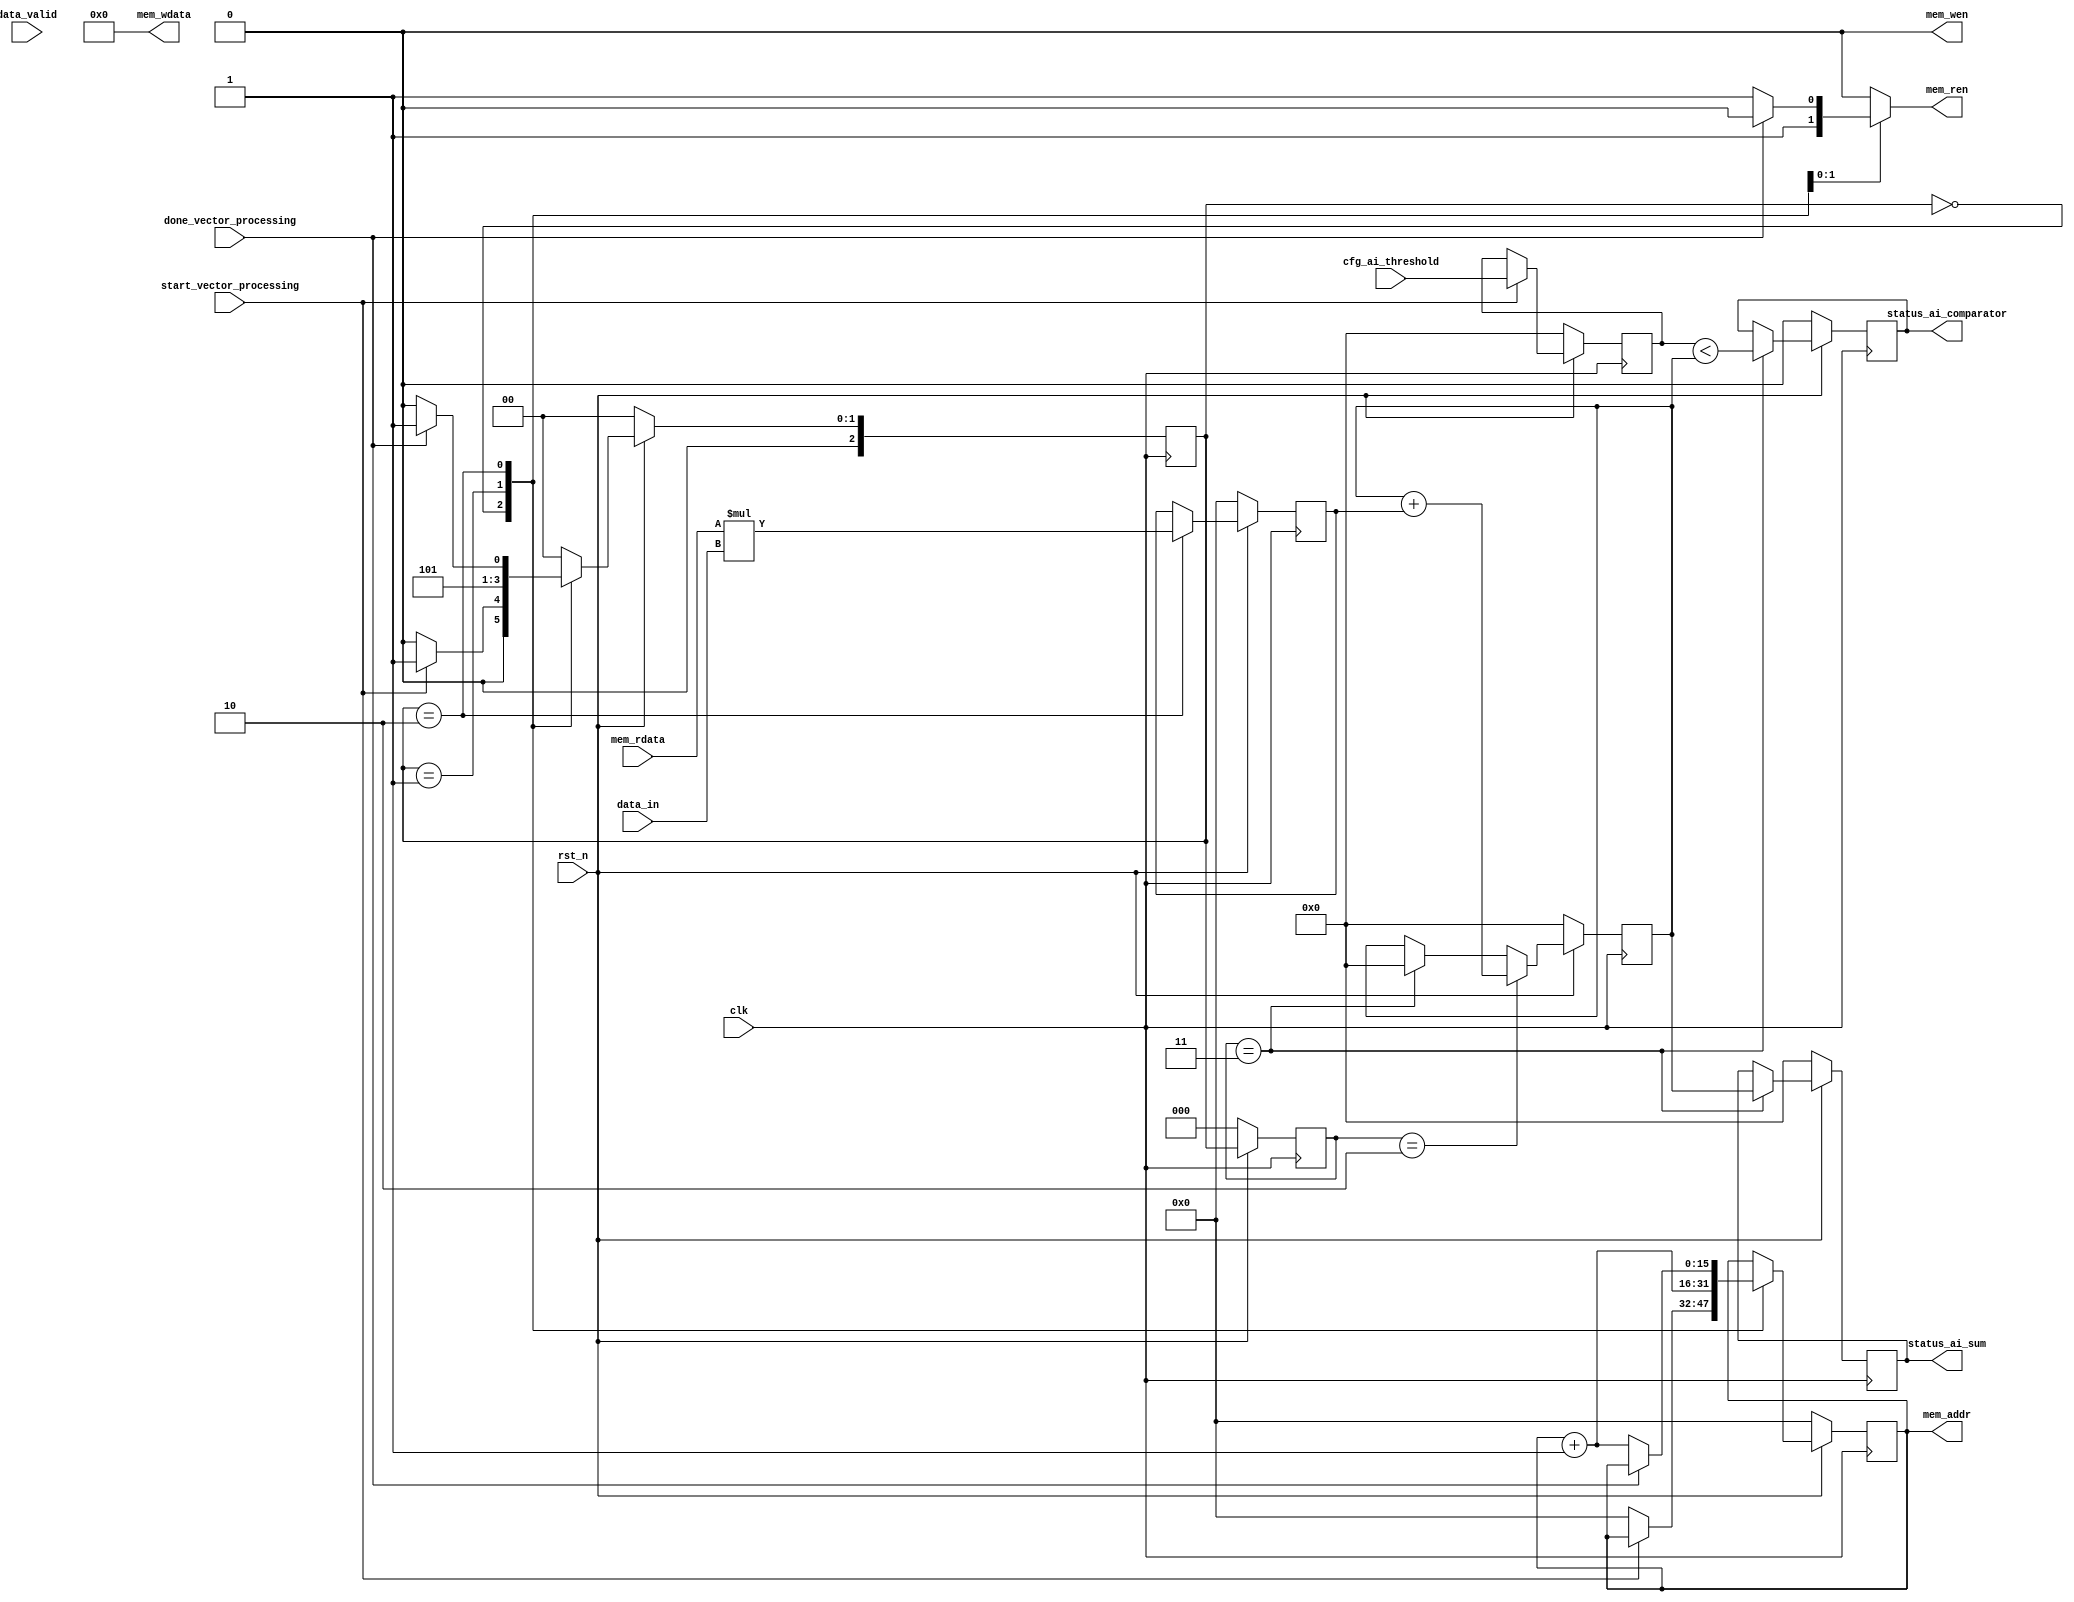
/*
* Description: Multiply and accumulate, initates when start_processing pulse asserts high, until done vector_processing is set.
*              this modules expects continuous data and weight stream, and supports no back pressure.  
*/
module sl_preceptron_mac 
#(parameter DATA_IN_LANES  = 4,
            DATA_IN_WIDTH  = 8,
            MEM_ADDR_WIDTH = 16,
            WEIGHTS_WIDTH  = 8,
            VECTOR_LENGTH  = 64,
            SUM_WIDTH = 22)
(
  input clk,
  input rst_n,
  input data_valid,
  input [DATA_IN_WIDTH-1:0] data_in,
  output reg mem_wen,
  output reg mem_ren,
  output reg [MEM_ADDR_WIDTH-1:0] mem_addr,
  output reg [WEIGHTS_WIDTH-1:0]  mem_wdata,
  input [WEIGHTS_WIDTH-1:0] mem_rdata,
  input [SUM_WIDTH-1:0] cfg_ai_threshold,
  output reg [SUM_WIDTH-1:0] status_ai_sum,
  output reg status_ai_comparator,
  input start_vector_processing,
  input done_vector_processing
);

localparam ST_IDLE  = 0,
           ST_LOAD_RAM = 1,
           ST_START = 2,
           ST_DONE  = 3;

reg[2:0] c_state, n_state, c_state_del1, c_state_del2;
reg[MEM_ADDR_WIDTH-1:0] read_addr;


//
//reg data_valid_del_1;
//reg [DATA_IN_WIDTH-1:0] data_in_del1;


reg[2*DATA_IN_WIDTH-1:0] mul_result_reg;
wire[2*DATA_IN_WIDTH-1:0] mul_result;
reg[SUM_WIDTH-1:0] accumulated_result_reg;
wire[SUM_WIDTH-1:0] accumulated_result;

reg [SUM_WIDTH-1:0] cfg_ai_threshold_store;
wire [SUM_WIDTH-1:0] cfg_ai_threshold_store_n;


wire [SUM_WIDTH-1:0] current_ai_sum;
wire current_ai_comparator;

assign current_ai_comparator = c_state_del1 == ST_DONE ?  cfg_ai_threshold_store < accumulated_result_reg : status_ai_comparator;
assign current_ai_sum = c_state_del1 == ST_DONE ? accumulated_result_reg : status_ai_sum;

always @(posedge clk) begin
  if (!rst_n) begin
    cfg_ai_threshold_store <= 0;
    c_state <= ST_IDLE;
    c_state_del1 <= ST_IDLE;
    c_state_del2 <= ST_IDLE;
    mem_addr <= 0;
    mul_result_reg <= 0;
    accumulated_result_reg <= 0;
    status_ai_comparator <= 0;
    status_ai_sum <= 0;
  end else begin
    cfg_ai_threshold_store <= cfg_ai_threshold_store_n;
    c_state <= n_state;
    c_state_del1 <= c_state;
    c_state_del2 <= c_state_del1;
    mem_addr <= read_addr;
    mul_result_reg <= mul_result;
    accumulated_result_reg <= accumulated_result;
    status_ai_comparator <= current_ai_comparator;
    status_ai_sum <= current_ai_sum;
  end
end


assign cfg_ai_threshold_store_n = start_vector_processing ? cfg_ai_threshold : cfg_ai_threshold_store; // store the threshold at the start of vector processing.
assign mul_result = c_state == ST_START ? mem_rdata*data_in : mul_result_reg;
assign accumulated_result = c_state_del1 == ST_START ? accumulated_result_reg + mul_result_reg 
                          : c_state_del1 == ST_DONE ? 0
                          : accumulated_result_reg; 


always @(*) begin
  mem_wen = 0; // always zero, mac is always reading weights, no writes are initiated.
  mem_ren = 0;
  read_addr = mem_addr;
  mem_wdata = 0;
  case (c_state)
    ST_IDLE: begin
      if (start_vector_processing) begin
        n_state = ST_LOAD_RAM;
      end else begin
        n_state = ST_IDLE;
        read_addr = 0;
      end
    end
    ST_LOAD_RAM: begin
      n_state = ST_START;
      mem_ren = 1;
      read_addr = mem_addr + 1;
    end
    ST_START: begin
      if (done_vector_processing) begin
        n_state = ST_DONE;
      end else begin
        n_state = ST_START;
        mem_ren = 1;
        read_addr = mem_addr + 1;
      end
    end
    ST_DONE: begin
      n_state = ST_IDLE;
    end 
    default: begin
      n_state = ST_IDLE;
    end 
  endcase
end

endmodule